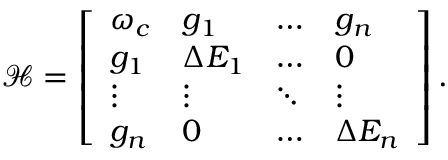
\begin{array} { r } { \mathcal { H } = \left[ \begin{array} { l l l l } { \omega _ { c } } & { g _ { 1 } } & { \dots } & { g _ { n } } \\ { g _ { 1 } } & { \Delta E _ { 1 } } & { \dots } & { 0 } \\ { \vdots } & { \vdots } & { \ddots } & { \vdots } \\ { g _ { n } } & { 0 } & { \dots } & { \Delta E _ { n } } \end{array} \right] . } \end{array}